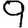
Digit: 9